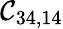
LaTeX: \mathcal{C}_{34,14}